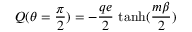
Q ( \theta = \frac { \pi } { 2 } ) = - \frac { q e } { 2 } \, \operatorname { t a n h } ( \frac { m \beta } { 2 } )